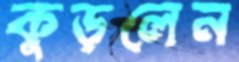
কুড়লেন